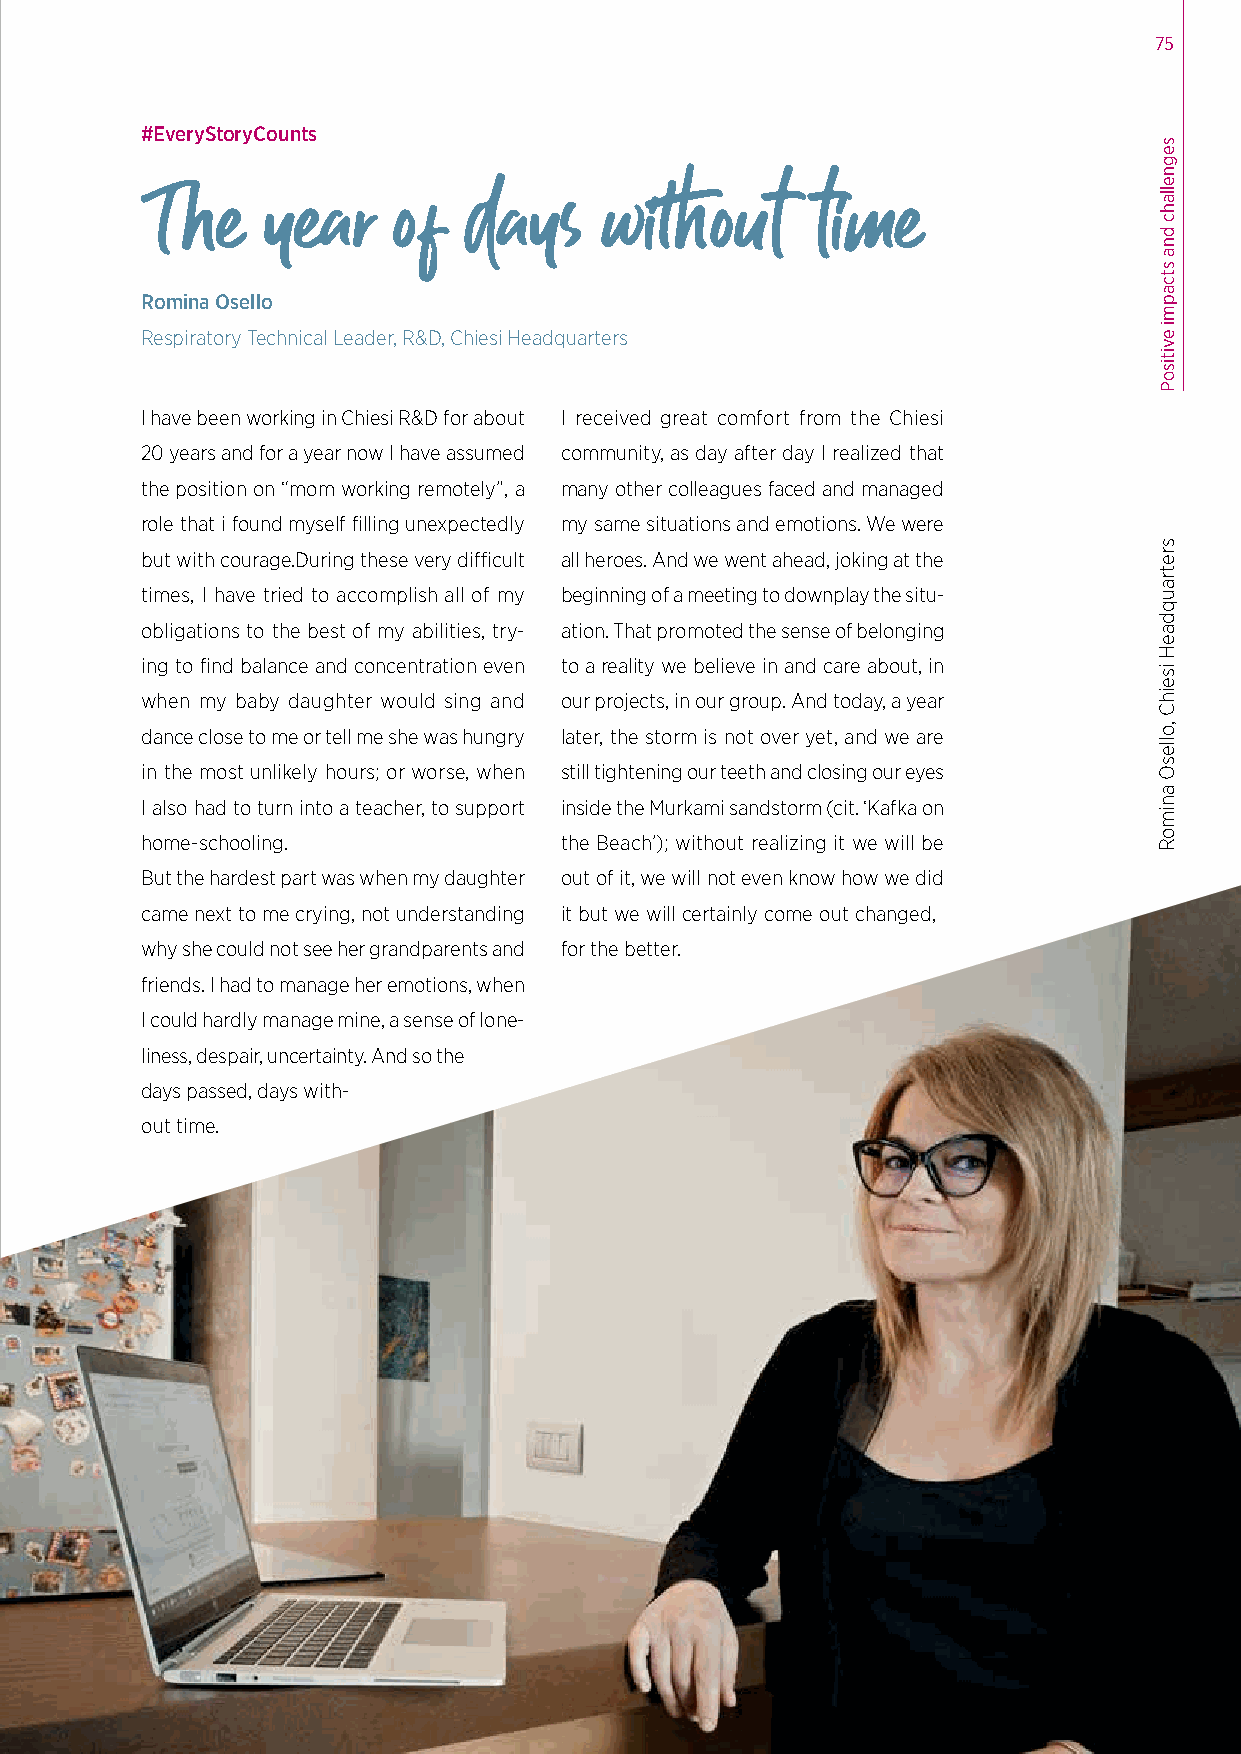
75
 #EveryStoryCounts
 The    year     of   days     without       time
 Romina Osello
 Respiratory Technical Leader, R&D, Chiesi Headquarters
 I have been working in Chiesi R&D for about I received great comfort from the Chiesi
 20 years and for a year now I have assumed community, as day after day I realized that
 the position on “mom working remotely”, a many other colleagues faced and managed
 role that i found myself filling unexpectedly my same situations and emotions. We were
 but with courage.During these very difficult all heroes. And we went ahead, joking at the
 times, I have tried to accomplish all of my beginning of a meeting to downplay the situ-
 obligations to the best of my abilities, try- ation. That promoted the sense of belonging
 ing to find balance and concentration even to a reality we believe in and care about, in
 when my baby daughter would sing and our projects, in our group. And today, a year
 dance close to me or tell me she was hungry later, the storm is not over yet, and we are
 in the most unlikely hours; or worse, when still tightening our teeth and closing our eyes
 I also had to turn into a teacher, to support inside the Murkami sandstorm (cit. ‘Kafka on
 home-schooling.             the Beach’); without realizing it we will be
 But the hardest part was when my daughter out of it, we will not even know how we did
 came next to me crying, not understanding it but we will certainly come out changed,
 why she could not see her grandparents and for the better.
 friends. I had to manage her emotions, when
 I could hardly manage mine, a sense of lone-
 liness, despair, uncertainty. And so the
 days passed, days with-
 out time.
 segnellahc
 dna
 stcapmi
 evitisoP
 sretrauqdaeH
 iseihC
 ,ollesO
 animoR